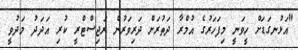
"އަޅުނގަޑަށް ހީވަނީ މިފަހަރުގެ އުމްރާ ދަތުރަށް ދަރިވަރުން ރަޖިސްޓްރީ ކުރި އަދަދު މަދުވީ